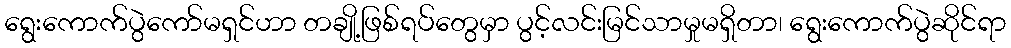
ရွေးကောက်ပွဲကော်မရှင်ဟာ တချို့ဖြစ်ရပ်တွေမှာ ပွင့်လင်းမြင်သာမှုမရှိတာ၊ ရွေးကောက်ပွဲဆိုင်ရာ